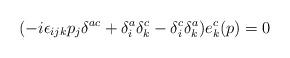
LaTeX: \begin{align*}( -i \epsilon_{ijk} p_j \delta^{ac} + \delta_i^a \delta_k^c - \delta_i^c \delta_k^a ) e_k^c (p)=0\end{align*}